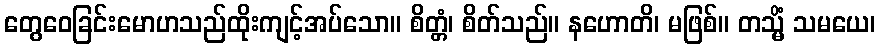
တွေဝေခြင်းမောဟသည်ထိုးကျင့်အပ်သော။ စိတ္တံ၊ စိတ်သည်။ နဟောတိ၊ မဖြစ်။ တသ္မိံ သမယေ၊